Source: Handwritten
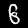
Digit: ၆ (6)